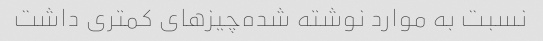
نسبت به موارد نوشته شده‌چیز‌های کمتری داشت